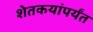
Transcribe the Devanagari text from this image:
शेतकयांपर्यंत